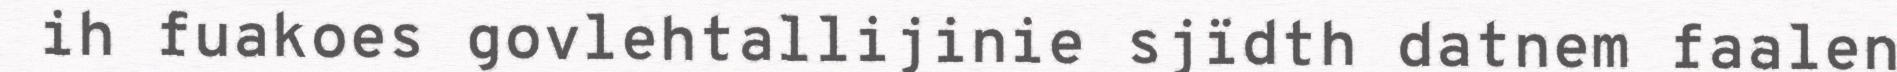
ih fuakoes govlehtallijinie sjïdth datnem faalen